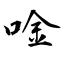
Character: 唫